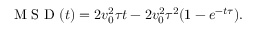
\textnormal { M S D } ( t ) = 2 v _ { 0 } ^ { 2 } \tau t - 2 v _ { 0 } ^ { 2 } \tau ^ { 2 } ( 1 - e ^ { - t \tau } ) .